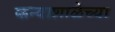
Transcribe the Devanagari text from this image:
कन्याशाळेच्या